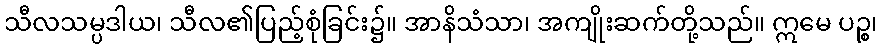
သီလသမ္ပဒါယ၊ သီလ၏ပြည့်စုံခြင်း၌။ အာနိသံသာ၊ အကျိုးဆက်တို့သည်။ ဣမေ ပဉ္စ၊